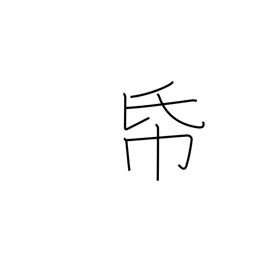
Meaning: stationary